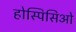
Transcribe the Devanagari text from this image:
होस्पिसिओ